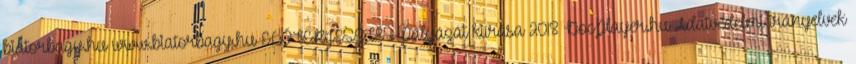
biatorbagy.hu www.biatorbagy.hu ELŐTERJESZTÉS Pályázat kiírása 2018 DocPlayer.hu Adatvédelmi irányelvek